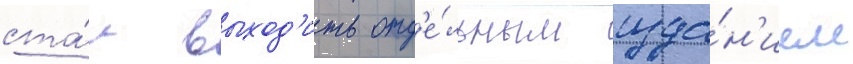
ста́л выход'ить отд'е́льным изда́н'ием